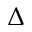
\Delta